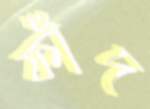
ফাঁদ